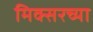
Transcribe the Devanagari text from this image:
मिक्सरच्या